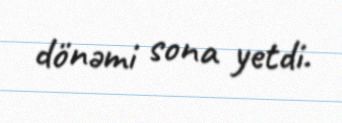
dönəmi sona yetdi.